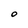
Character: O